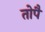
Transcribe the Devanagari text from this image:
तोपै